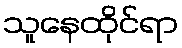
သူနေထိုင်ရာ